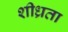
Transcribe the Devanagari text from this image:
शीध्रता